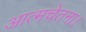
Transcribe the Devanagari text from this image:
आत्मचेतना।